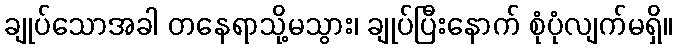
ချုပ်သောအခါ တနေရာသို့မသွား၊ ချုပ်ပြီးနောက် စုံပုံလျက်မရှိ။